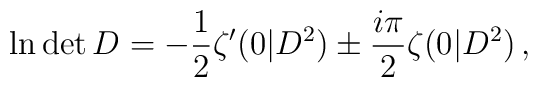
\ln \det D=-\frac{1}{2}\zeta'(0|D^2)\pm\frac{i\pi}{2}\zeta(0|D^2)\,,